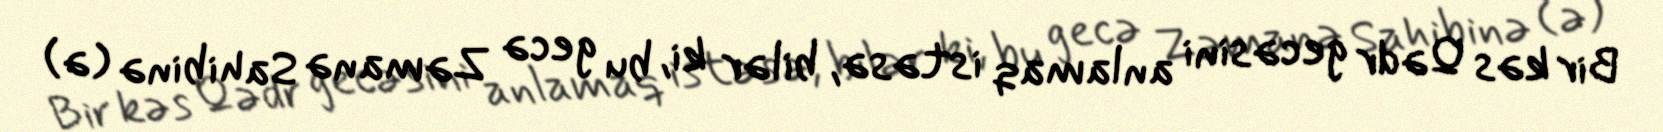
Bir kəs Qədr gecəsini anlamaq istəsə, bilər ki, bu gecə Zəmanə Sahibinə (ə)